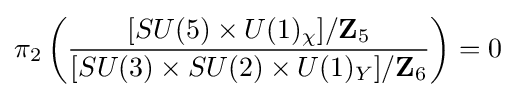
\pi _{2}\left({\frac {[SU(5)\times U(1)_{\chi }]/\mathbf {Z} _{5}}{[SU(3)\times SU(2)\times U(1)_{Y}]/\mathbf {Z} _{6}}}\right)=0